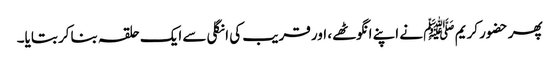
پھر حضور کریم ﷺ نے اپنے انگوٹھے، اور قریب کی انگلی سے ایک حلقہ بناکر بتایا۔